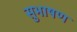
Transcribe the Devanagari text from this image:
सुभाषण